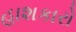
હાશકારો